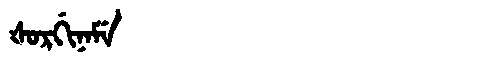
Manchu: ᡧᠣᡵᡤᡳᠨᠠᠮᡝ
Romanization: ŠORGINAME